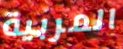
المربية